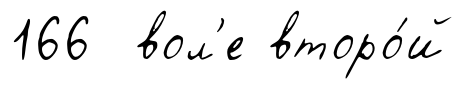
166 вол'е второ́й